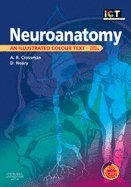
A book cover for Neuroanatomy An Illustrated Colour Text 3rd EDITION; Medical Books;